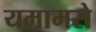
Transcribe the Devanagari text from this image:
यमामसे